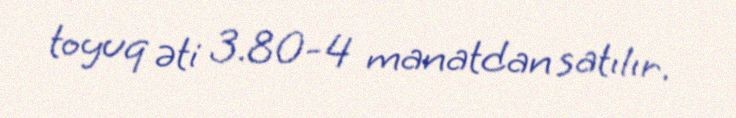
toyuq əti 3.80-4 manatdan satılır.